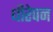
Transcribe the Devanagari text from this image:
धीरेपन